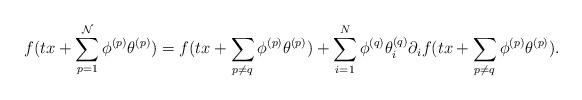
LaTeX: \begin{align*} f(tx+\sum_{p=1}^{\mathcal{N}}\phi^{(p)}\theta^{(p)}) &= f(tx+\sum_{p \neq q} \phi^{(p)}\theta^{(p)}) +\sum_{i=1}^{N} \phi^{(q)}\theta^{(q)}_i \partial_i f(tx+\sum_{p \neq q} \phi^{(p)}\theta^{(p)}). \end{align*}